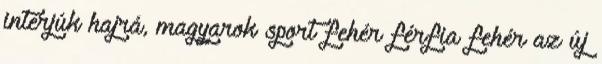
interjúk hajrá, magyarok sport fehér férfia fehér az új